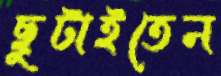
ছুটাইতেন